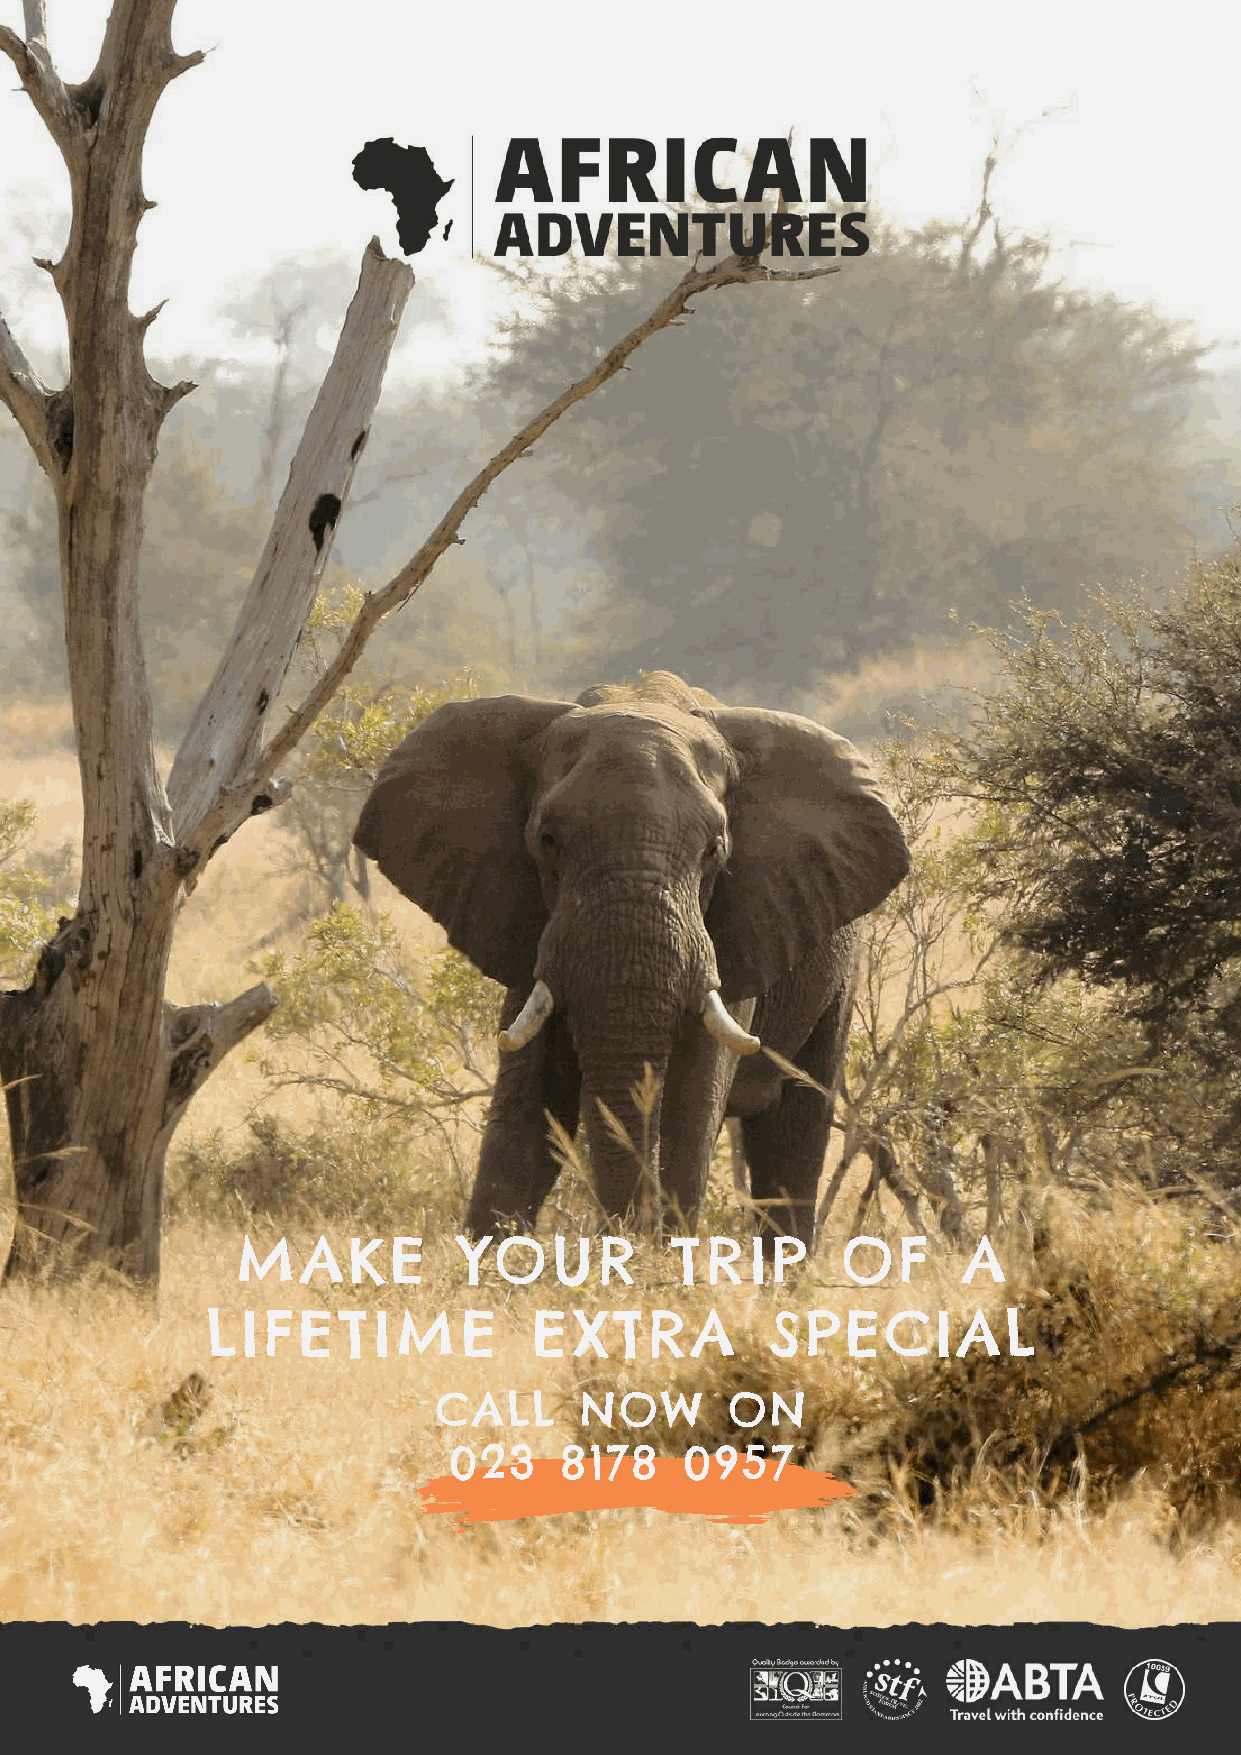
MAKE          YOUR          TRIP        OF      A
 LIFETIME             EXTRA           SPECIAL
 CALL     NOW       ON
 023    8178    0957